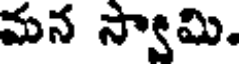
మన స్వామి.